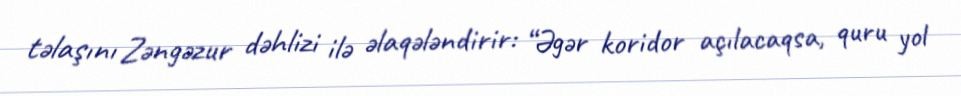
təlaşını Zəngəzur dəhlizi ilə əlaqələndirir: “Əgər koridor açılacaqsa, quru yol